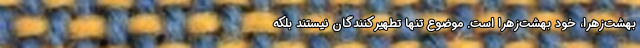
بهشت‌زهرا،‌ خود بهشت‌زهرا است. موضوع تنها تطهیرکنندگان نیستند بلکه